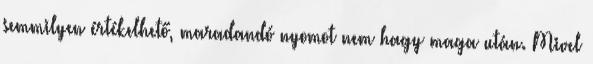
semmilyen értékelhető, maradandó nyomot nem hagy maga után. Mivel